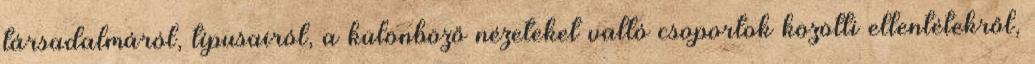
társadalmáról, típusairól, a különböző nézeteket valló csoportok közötti ellentétekről,